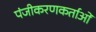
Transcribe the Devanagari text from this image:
पंजीकरणकर्ताओं